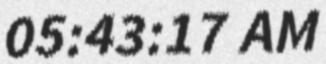
05:43:17 AM